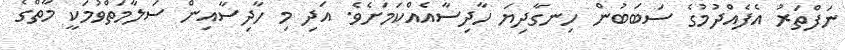
ނަފްތަރު އެފެއްދުމުގެ ސަބަބުން ހިނގާދިޔަ ހާދިސާއެއްކަމަށެވެ. އަދި މި ހާދިސާއިން ސަލާމަތްވުމަކީ މާތްގެ